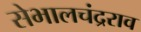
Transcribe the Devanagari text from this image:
सेभालचंद्रराव